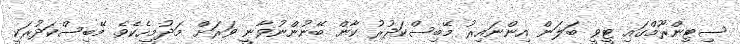
ސިޓިންރޫމްގައި ޓީވީ ބަލަން އިންނައިރު މޭބިސްކަދުރު ކާން ބޭނުންނުވާނީ ވަރަށް މަދުމީހެކެވެ. މޭބިސްކަދުރަކީ